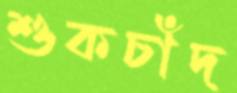
শুকচাঁদ